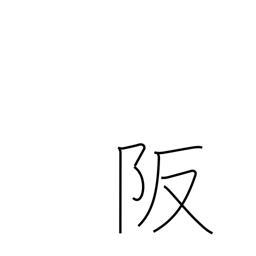
Meaning: heights